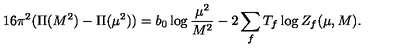
1 6 \pi ^ { 2 } ( \Pi ( M ^ { 2 } ) - \Pi ( \mu ^ { 2 } ) ) = b _ { 0 } \log \frac { \mu ^ { 2 } } { M ^ { 2 } } - 2 \sum _ { f } T _ { f } \log Z _ { f } ( \mu , M ) .